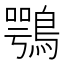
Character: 鶚